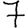
Digit: 7